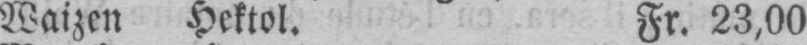
Waizen Hektol. Fr. 23,00